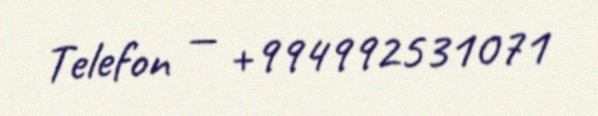
Telefon — +994992531071